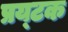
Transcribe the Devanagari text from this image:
प्रय्टक